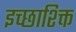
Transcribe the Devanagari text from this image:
इच्छाश्क्ति